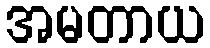
အမတာယ